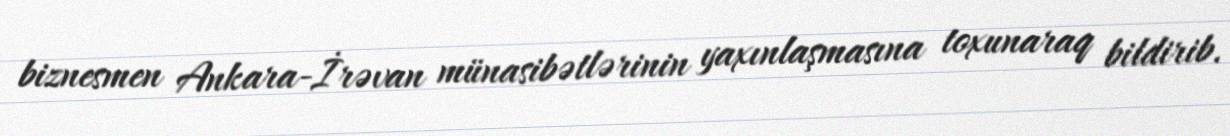
biznesmen Ankara-İrəvan münasibətlərinin yaxınlaşmasına toxunaraq bildirib.